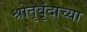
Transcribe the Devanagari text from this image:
श्रोतृवृंदाच्या